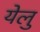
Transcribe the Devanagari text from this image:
येलु